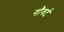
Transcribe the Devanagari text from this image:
गौवर्ट